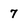
Character: 7